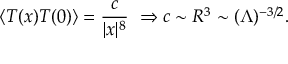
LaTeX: \langle T ( x ) T ( 0 ) \rangle = { \frac { c } { | x | ^ { 8 } } } \, \, \Rightarrow c \sim R ^ { 3 } \sim ( \Lambda ) ^ { - 3 / 2 } .